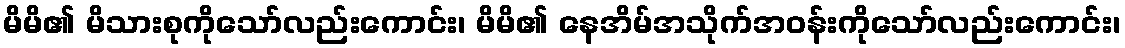
မိမိ၏ မိသားစုကိုသော်လည်းကောင်း၊ မိမိ၏ နေအိမ်အသိုက်အဝန်းကိုသော်လည်းကောင်း၊